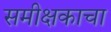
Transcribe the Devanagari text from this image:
समीक्षकाचा